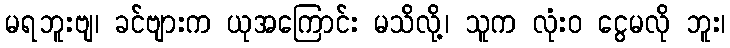
မရဘူးဗျ၊ ခင်ဗျားက ယုအကြောင်း မသိလို့၊ သူက လုံးဝ ငွေမလို ဘူး၊